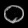
Digit: ၀